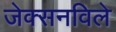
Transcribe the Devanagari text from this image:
जेक्सनविले